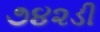
૭૪૨ડી